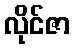
လိုင်ဇာ